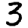
Digit: 3